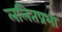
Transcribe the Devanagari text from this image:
ललितप्रभा